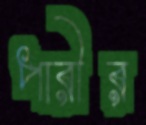
পারীর